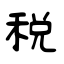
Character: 税